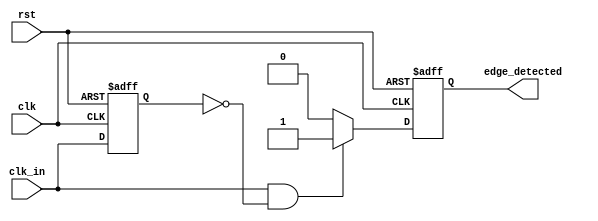
module rising_edge_detector (
    input wire clk,           // Clock signal
    input wire rst,           // Reset signal
    input wire clk_in,        // Input signal to detect rising edge
    output reg edge_detected   // Output signal indicating rising edge
);

    reg clk_in_prev;          // Previous state register for the input signal

    // Always block triggered on the rising edge of the clock
    always @(posedge clk or posedge rst) begin
        if (rst) begin
            clk_in_prev <= 1'b0; // Reset previous state to low
            edge_detected <= 1'b0; // Reset edge detected output
        end else begin
            // Edge detection logic
            if (clk_in && !clk_in_prev) begin
                edge_detected <= 1'b1; // Rising edge detected
            end else begin
                edge_detected <= 1'b0; // No rising edge
            end
            
            // Update previous state
            clk_in_prev <= clk_in; 
        end
    end

endmodule